Report of the Municipal Commissioner on the plague in Bombay for the year ending 31st May... - Volume 1
Disease focus: Plague
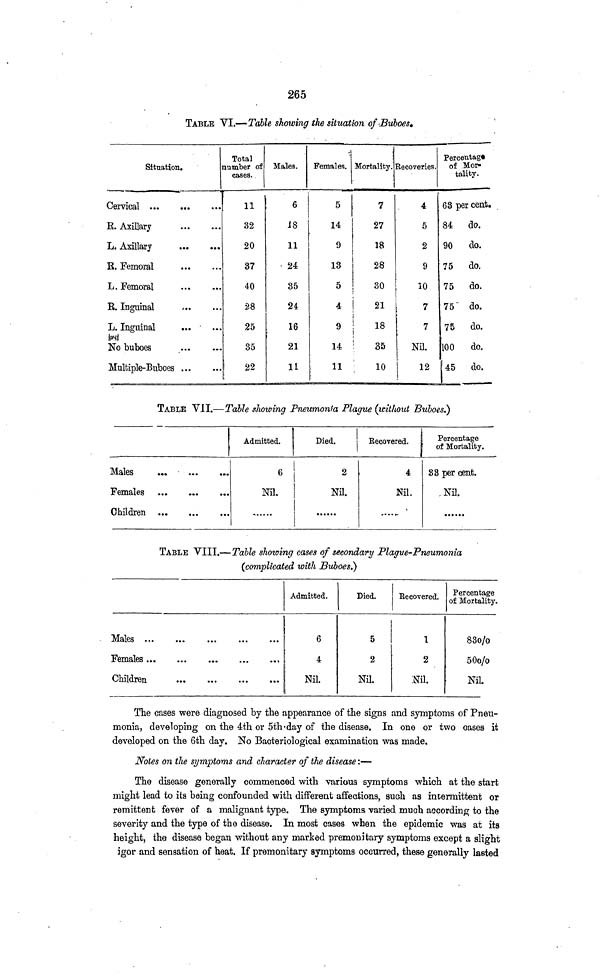
265
TABLE VI.—Table showing the situation of Buboes.
Situation.
Cervical
E. Axillary
L, Axillary
R. Femoral
L. Femoral
E. Inguinal
L. Inguinal
No buboes
Multiple-Buboes
Total
number of
cases.
11
32
20
37
40
28
25
35
22
Males.
6
18
11
24
35
24
16
21
11
Females.
5
14
9
13
5
4
9
14
\
Mortality.'
7
27
18
28
30
21
18
35
10
Recoveries.
4
5
2
9
10
7
7
Nil.
12
Percentage
of Mor-
tality.
63 per cent.
84
do.
90
do.
75
do.
75
do.
75
do.
75
do.
100
do.
1 45
do.
TABLE VII.—Table showing Pneumonia Plague (without Buboes.)
Males
,,.
Females
Children
Admitted.
6
Nil.
Died.
2
Nil.
Eecovered.
4
Nil.
......
Percentage
of Mortality.
33 per cent.
Nil.
TABLE VIII.—Table showing cases of secondary Plague-Pneumonia
(complicated with Buboes)
Males
Females
,
Children
...
Admitted.
6
4
Nil.
Died.
5
2
Nil.
Eecovered.
1
2
Nil
Percentage
of Mortality.
83o/o
50o/o
Nil
The cases were diagnosed by the appearance of the signs and symptoms of Pneu-
monia, developing on the 4th or 5th-day of the disease. In one or two Cases it
developed on the 6th day. No Bacteriological examination was made.
Notes on the symptoms and character of the disease:—
The disease generally commenced with various symptoms which at the start
might lead to its being confounded with different affections, such as intermittent or
remittent fever of a malignant type. The symptoms varied much according to the
severity and the type of the disease. In most cases when the epidemic was at its
height, the disease began without any marked premonitary symptoms except a slight
igor and sensation of heat. If premonitary symptoms occurred, these generally lasted